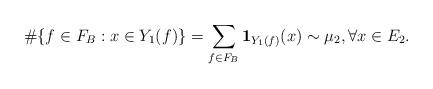
LaTeX: \begin{align*} \#\{f\in F_B:x\in Y_1(f)\}=\sum_{f\in F_B}{\bf 1}_{Y_1(f)}(x)\sim \mu_2,\forall x\in E_2.\end{align*}